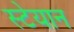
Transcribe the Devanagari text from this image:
स्टेयान